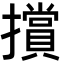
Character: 𭣁